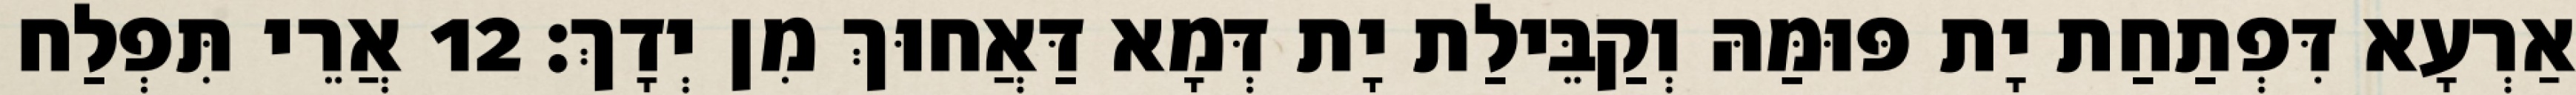
אַרְעָא דִּפְתַחַת יָת פּוּמַּהּ וְקַבֵּילַת יָת דְּמָא דַּאֲחוּךְ מִן יְדָךְ׃ 12 אֲרֵי תִּפְלַח